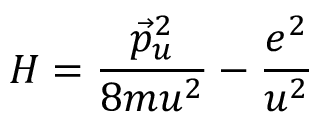
H = \frac { \vec { p } _ { u } ^ { 2 } } { 8 m u ^ { 2 } } - \frac { e ^ { 2 } } { u ^ { 2 } }